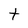
Character: t